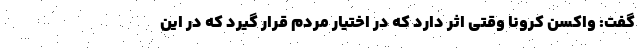
گفت: واکسن کرونا وقتی اثر دارد که در اختیار مردم قرار گیرد که در این